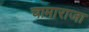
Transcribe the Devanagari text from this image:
चामाराजा